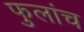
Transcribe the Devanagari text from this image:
फुलांच